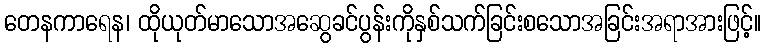
တေနကာရေန၊ ထိုယုတ်မာသောအဆွေခင်ပွန်းကိုနှစ်သက်ခြင်းစသောအခြင်းအရာအားဖြင့်။